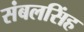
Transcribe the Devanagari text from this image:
संबलसिंह